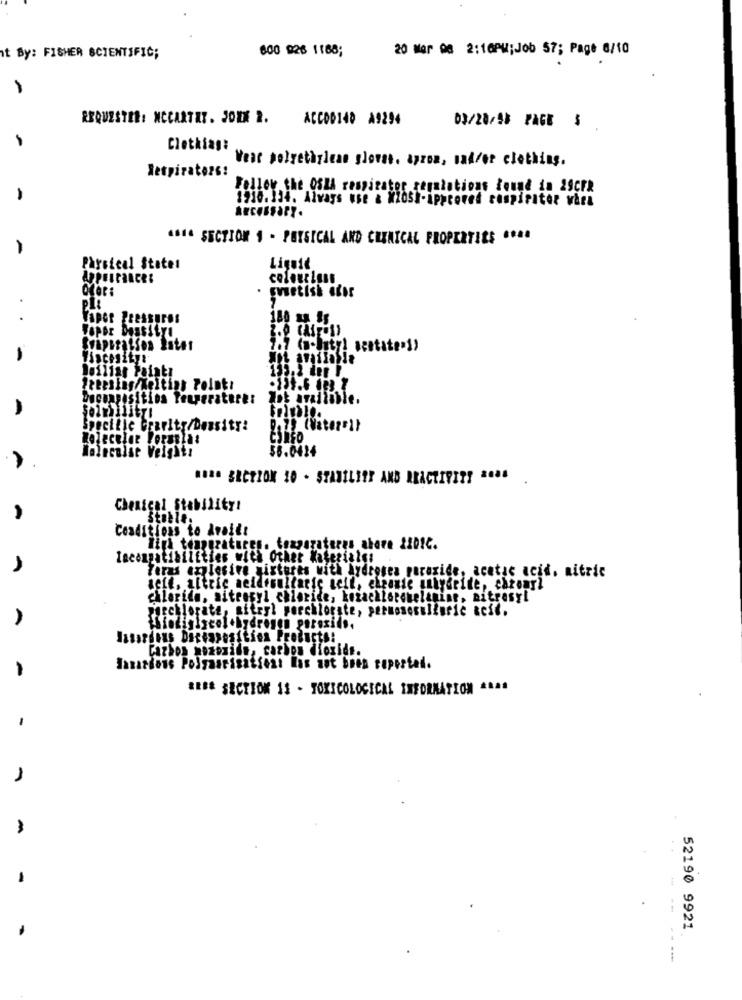
600 926 1188;
20 Mor 08 2:16PM;Job 57; Page 6/10
t By: FISHER SCIENTIFIC;
-
RBQUESTER: MCCARTHY. JOEK 2.
ACCO0140 A9294
03/20/40 PAGE $
Clethiag:
Vest polyethylene glowst. aprox, madfor clothing.
Respirators:
Follow the OSHA respirator regulations found in 29CFR
1910. 134. Always use & M205h-approved respirator wira
4.14 SECTION 1 - PHYSICAL AND CHEMICAL PROPERTIES .. 44
Parsical Statet
Liquid
colourless
PIL
Vapor PRESSURES
Viscosity
Boiling Painty
135.2 den !.
Ducoaposition Teursrature:
Specific Gravity/Density!
CORSO
Molecular Veight:
$6.0424
HOªª SECTION 10 - STABILITY AND REACTIVITY 2044 .
Chenical Stability!
Stable.
Conditions to Avaiii
High temperatures. toxparateres above 220!C.
Incompatibilities with Other Materials:
Firas arlesire nistures with hydrogen peroxide, acetic acid. nitric
seit, altrie neiderollaric selt, elanie miydette, chromrl
chloride, siteoryl chloride, kozachlorchelaning, mitrasyl
jgrchlorate, sitryl perchlorate, permososulfuric acif.
Siecifiscal+hydrogen peroxide.
Hasardous Diseasesition Products:
Carbon mozomids, carbon dioxide.
Hazardous Polyaarisationt Has not been reported.
*EB& SECTION 13 - TOXICOLOGICAL INFORMATION ....
52190 9921